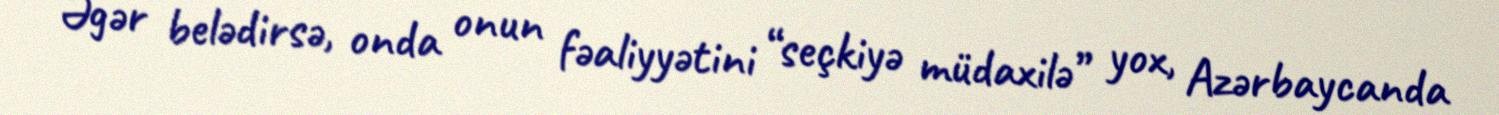
Əgər belədirsə, onda onun fəaliyyətini “seçkiyə müdaxilə” yox, Azərbaycanda